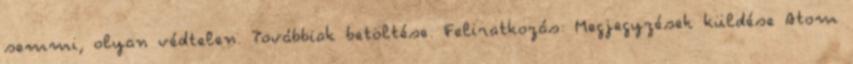
semmi, olyan védtelen. Továbbiak betöltése. Feliratkozás: Megjegyzések küldése Atom